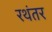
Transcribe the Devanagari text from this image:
रथंतर